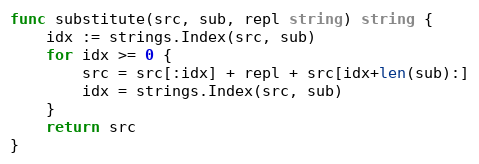
Language: Go
func substitute(src, sub, repl string) string {
	idx := strings.Index(src, sub)
	for idx >= 0 {
		src = src[:idx] + repl + src[idx+len(sub):]
		idx = strings.Index(src, sub)
	}
	return src
}